Emmaste_vallavalitsus, lk 44
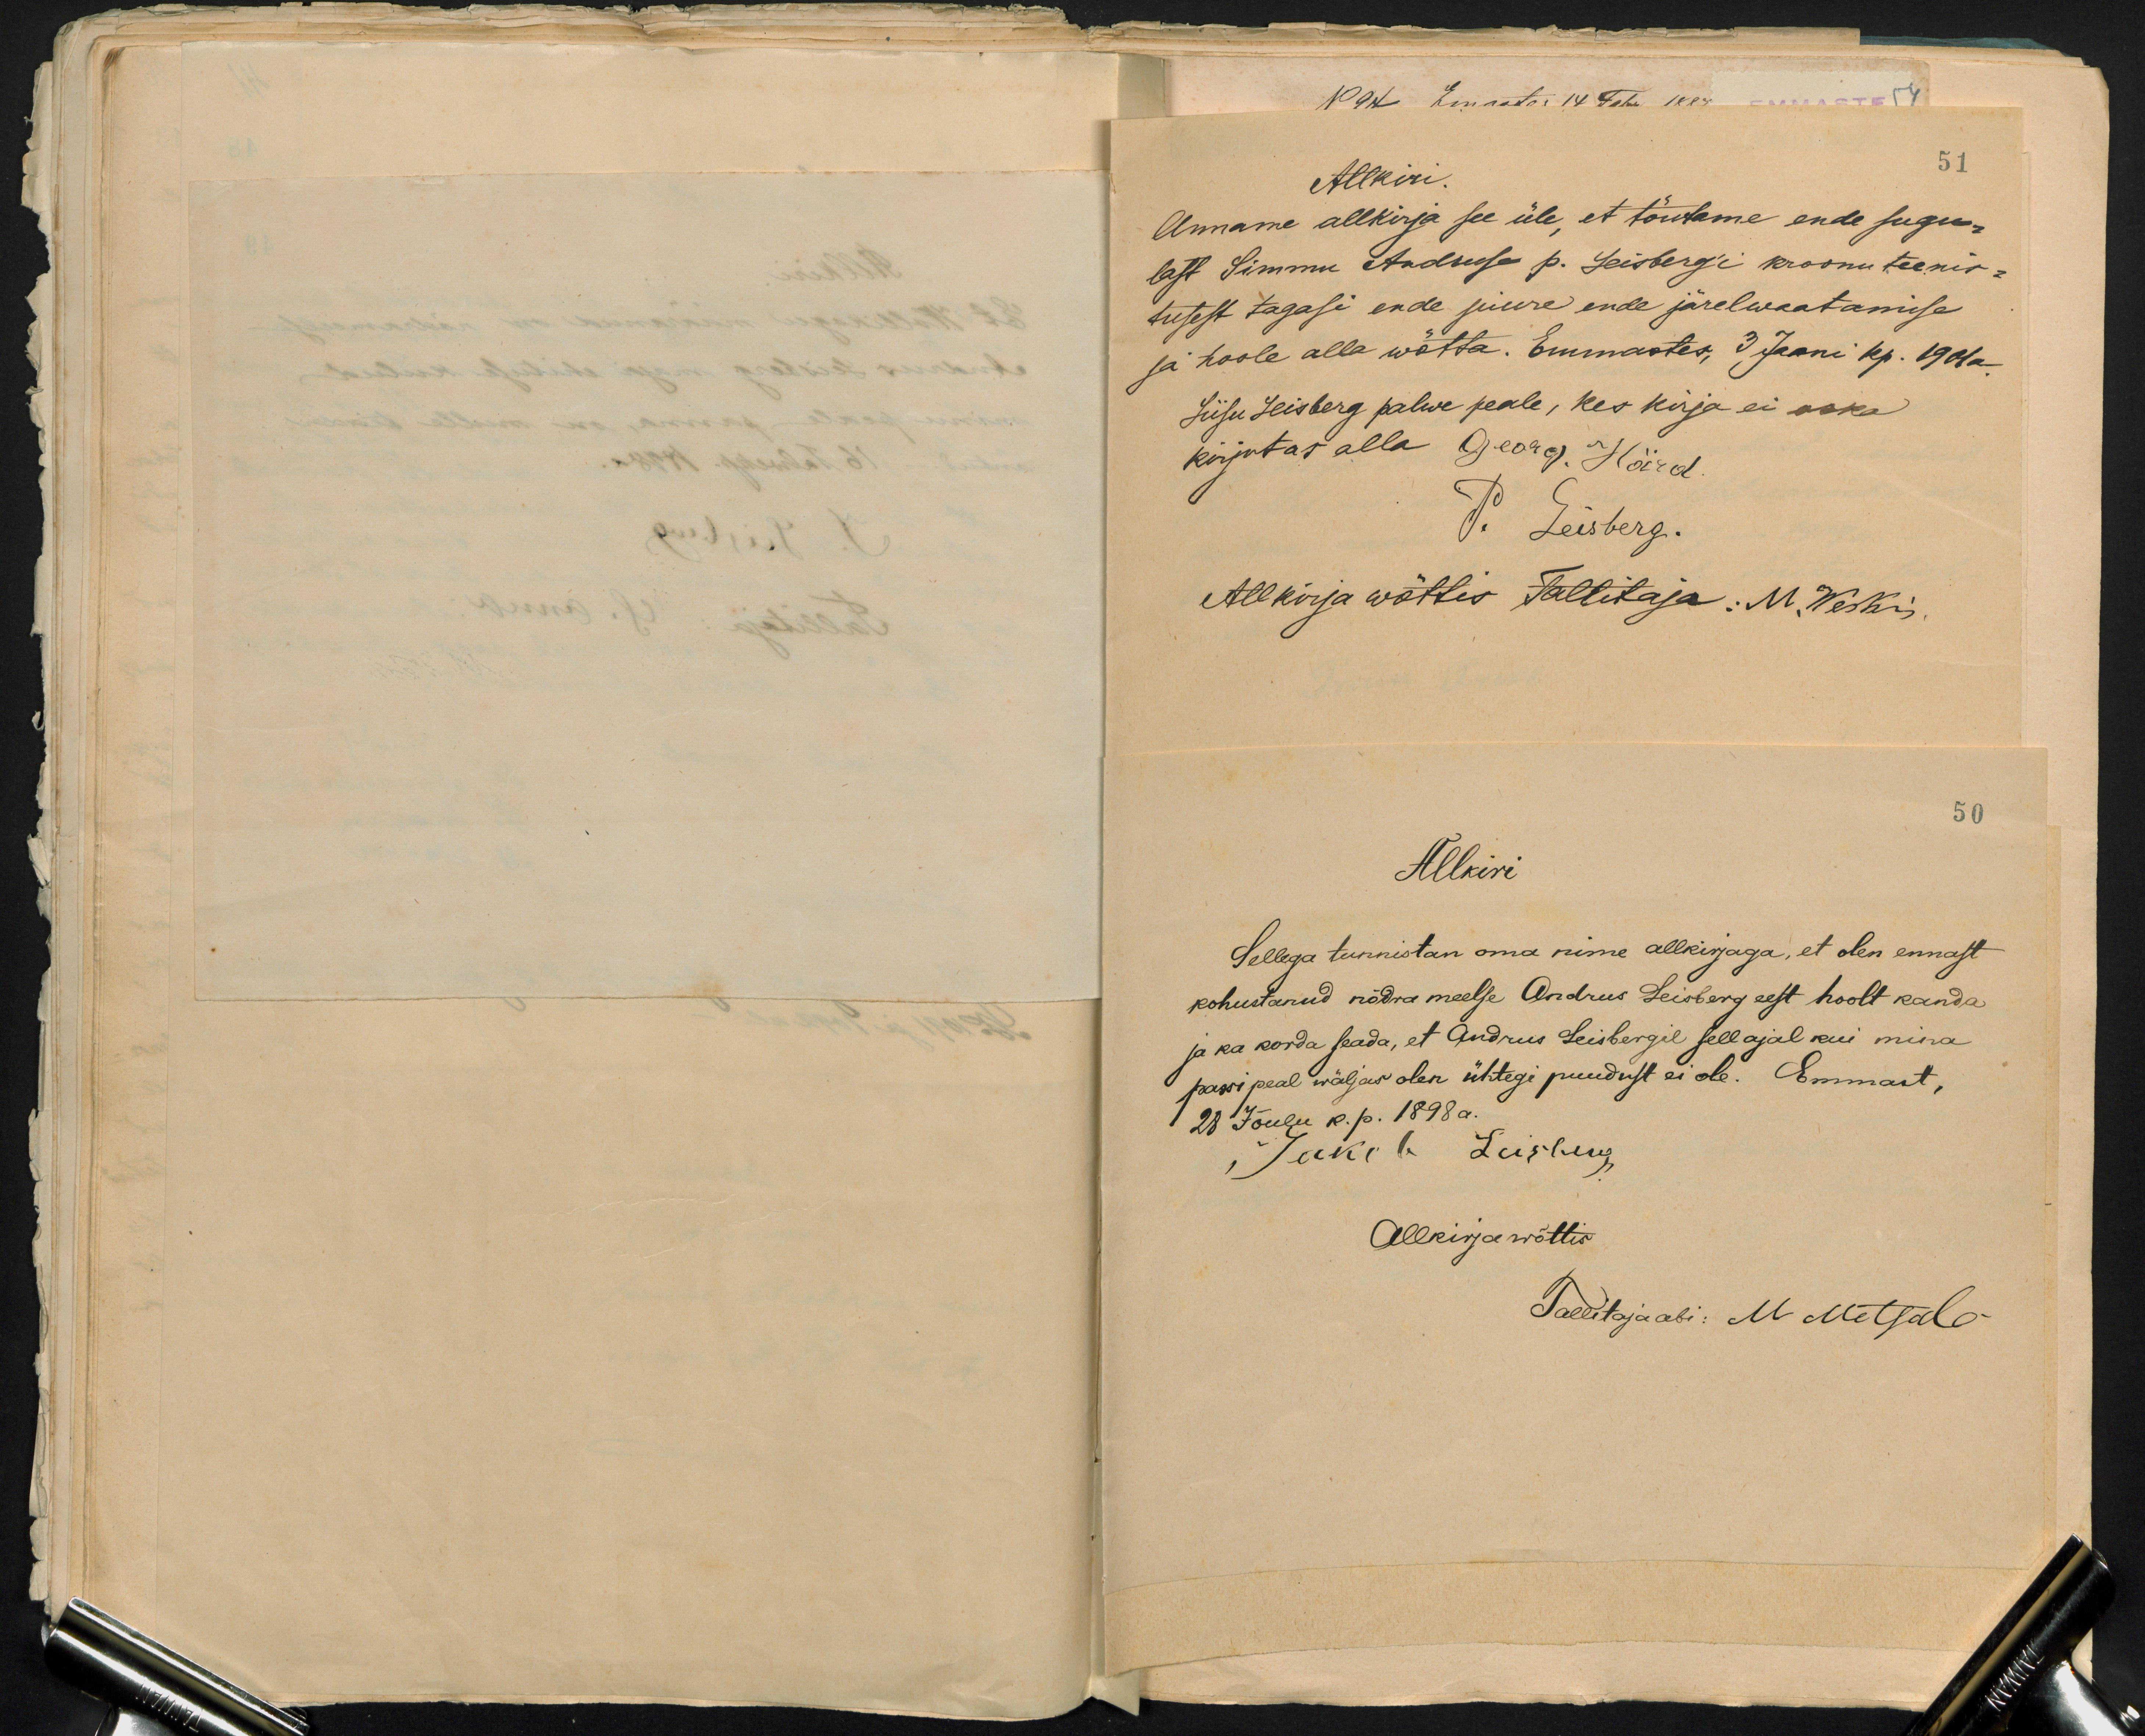
Allkiri.
51
Anname allkirja see üle, et tõutame ende sugu-
last Simmu Andruse p. Leisbergi kroonu teenis-
tusest tagasi ende juure ende järelwaatamise
ja hoole alla wõtta. Emmastes, 3 Jaani kp. 1901a.
Liisu Leisberg palwe peale, kes kirja ei oska
kirjutas alla Georg. Härd.
P. Leisberg.
Allkirja wõttis Tallitaja: M. Weskis
50
Allkiri
Sellega tunnistan oma nime allkirjaga, et olen ennast
kohustanud nõdra meelse Andrus Leisberg eest hoolt kanda
ja ka korda seada, et Andrus Leisbergil sell ajal kui mina
päewi peal wäljas olen ühtegi puudust ei ole. Emmast,
28 Jõulu k. p. 1898 a.
Jakob Leisberg
Allkirja wõttis
Tallitajaabi: M. Metsale